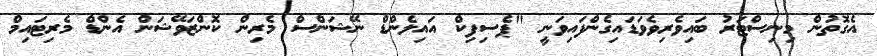
އެގޮތުން މިނިސްޓަރު ބައިވެރިވެވަޑައިގެންފައިވަނީ "ޕެސިފިކް އައިލެންޑް ނޭޝަންސް މެރިން ކޮންޒަވޭޝަން އެންޑް މެރިޓައިމް